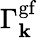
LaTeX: \Gamma_{\mathbf{k}}^{\mathrm{{gf}}}